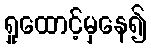
ရှုထောင့်မှနေ၍